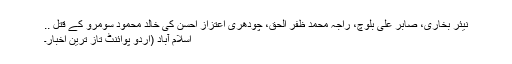
نیئر بخاری، صابر علی بلوچ، راجہ محمد ظفر الحق، چودھری اعتزاز احسن کی خالد محمود سومرو کے قتل ..
اسلام آباد (اُردو پوائنٹ تاز ترین اخبار۔